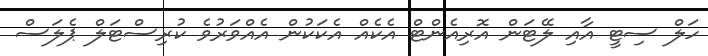
ހަލް ސިޓީ އާއި ލޭޓަން އޮރިއެންޓް އެކެއް އެކަކުން އެއްވަރުވެ ކުރިސްޓަލް ޕެލަސް